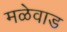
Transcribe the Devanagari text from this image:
मळेवाड